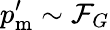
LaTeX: p_{\mathrm{m}}^{\prime}\sim{\cal F}_{G}